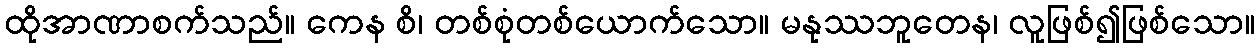
ထိုအာဏာစက်သည်။ ကေန စိ၊ တစ်စုံတစ်ယောက်သော။ မနုဿဘူတေန၊ လူဖြစ်၍ဖြစ်သော။